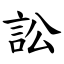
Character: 訟